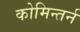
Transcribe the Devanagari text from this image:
कोमिन्तर्न